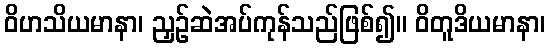
ဝိဟသိယမာနာ၊ ညှဉ်ဆဲအပ်ကုန်သည်ဖြစ်၍။ ဝိတူဒိယမာနာ၊